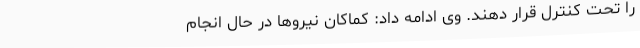
را تحت کنترل قرار دهند. وی ادامه داد: کماکان نیروها در حال انجام